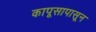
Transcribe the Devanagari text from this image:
कापूसापासून